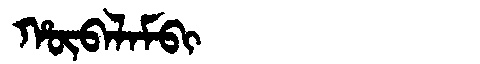
Manchu: ᡥᡡᠪᠠᠯᠠᠮᠪᡳ
Romanization: HŪBALAMBI